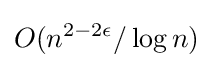
O(n^{2-2\epsilon }/\log n)